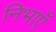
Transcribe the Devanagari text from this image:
निभाएँ